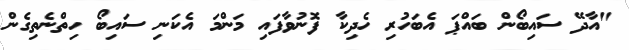
"އާދޭ ސައިބޯން ބައްޕަ އެބަހުރި ހެދިކާ ފޮނުވާފައި މަންމަ އެކަނި ސައިބޯ ހިތްނެތިގެން